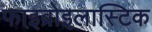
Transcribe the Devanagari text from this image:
फाइब्रोइलास्टिक